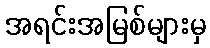
အရင်းအမြစ်များမှ